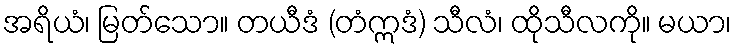
အရိယံ၊ မြတ်သော။ တယီဒံ (တံဣဒံ) သီလံ၊ ထိုသီလကို။ မယာ၊